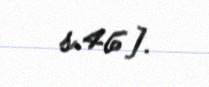
s.46].